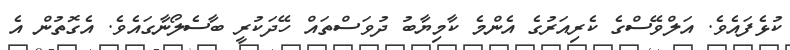
ކުޅެފައެވެ. އަލްވޭސްގެ ކެރިއަރުގެ އެންމެ ކާމިޔާބު ދުވަސްތައް ހޭދަކުރީ ބާސެލޯނާގައެވެ. އެގޮތުން އެ